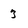
Character: 3